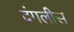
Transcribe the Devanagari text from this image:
दंगलीस